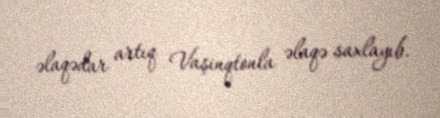
əlaqədar artıq Vaşinqtonla əlaqə saxlayıb.